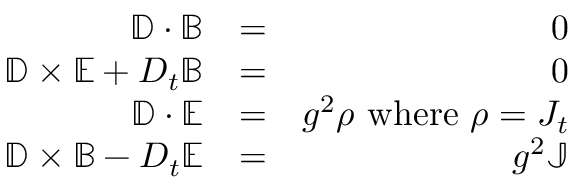
\begin{array} { r l r } { \mathbb { D } \cdot \mathbb { B } } & { = } & { 0 } \\ { \mathbb { D } \times \mathbb { E } + D _ { t } \mathbb { B } } & { = } & { 0 } \\ { \mathbb { D } \cdot \mathbb { E } } & { = } & { g ^ { 2 } \rho \mathrm { \ w h e r e \ } \rho = J _ { t } } \\ { \mathbb { D } \times \mathbb { B } - D _ { t } \mathbb { E } } & { = } & { g ^ { 2 } \mathbb { J } } \end{array}